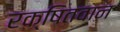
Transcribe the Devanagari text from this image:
रक्षितवान